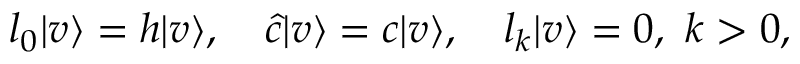
l _ { 0 } | v \rangle = h | v \rangle , \quad \hat { c } | v \rangle = c | v \rangle , \quad l _ { k } | v \rangle = 0 , \ k > 0 ,